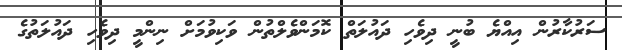
ސަރުކާރުން އިއްޔެ ބުނީ ދިވެހި ދައުލަތް ކޮމަންވެލްތުން ވަކިވުމަށް ނިންމީ ދިވެހި ދައުލަތުގެ